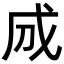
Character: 𢦓